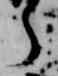
了